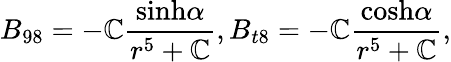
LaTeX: B_{98}=-\mathbb{C}{\frac{{\mathrm{{sinh}}\alpha}}{{r^{5}+\mathbb{C}}}},B_{t8}=-\mathbb{C}{\frac{{\mathrm{{cosh}}\alpha}}{{r^{5}+\mathbb{C}}}},